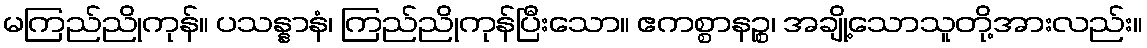
မကြည်ညိုကုန်။ ပသန္နာနံ၊ ကြည်ညိုကုန်ပြီးသော။ ဧကစ္စာနဉ္စ၊ အချို့သောသူတို့အားလည်း။